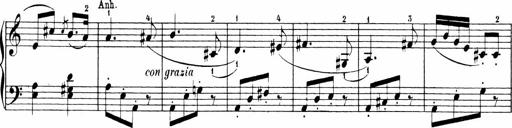
Title: 6 Sonatinas
Composer: Carl Reinecke